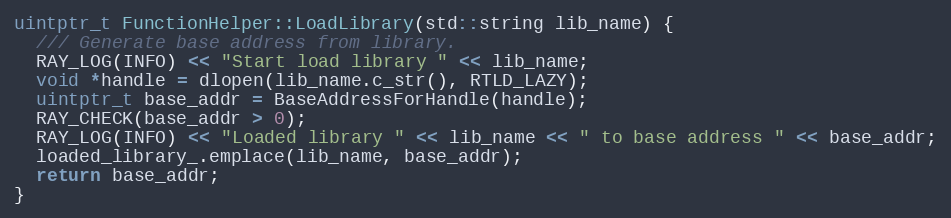
Language: C++
uintptr_t FunctionHelper::LoadLibrary(std::string lib_name) {
  /// Generate base address from library.
  RAY_LOG(INFO) << "Start load library " << lib_name;
  void *handle = dlopen(lib_name.c_str(), RTLD_LAZY);
  uintptr_t base_addr = BaseAddressForHandle(handle);
  RAY_CHECK(base_addr > 0);
  RAY_LOG(INFO) << "Loaded library " << lib_name << " to base address " << base_addr;
  loaded_library_.emplace(lib_name, base_addr);
  return base_addr;
}